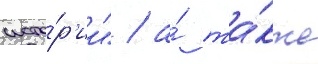
исто́р'ии" / а́ та́кже